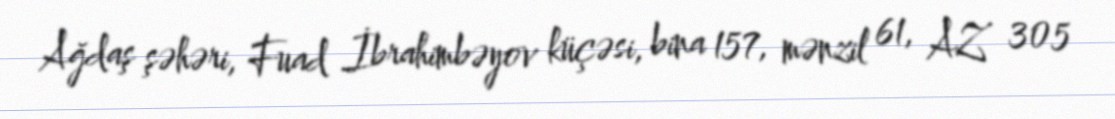
Ağdaş şəhəri, Fuad İbrahimbəyov küçəsi, bina 157, mənzil 61, AZ 305